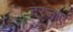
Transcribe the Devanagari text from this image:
दरजाए